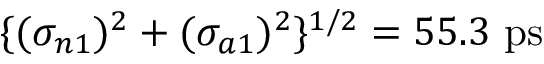
\{ ( \sigma _ { n 1 } ) ^ { 2 } + ( \sigma _ { a 1 } ) ^ { 2 } \} ^ { 1 / 2 } = 5 5 . 3 ~ \mathrm { p s }